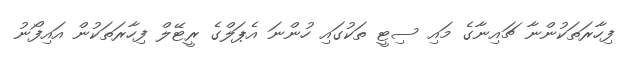
ފިހާރަތަކުންނާ ޗައިނާގެ މައި ސިޓީ ތަކުގައި ހުންނަ އެޕަލްގެ ރީޓޭލް ފިހާރަތަކުން އައިފޯނު